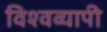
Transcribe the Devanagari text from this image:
विश्‍वव्यापी